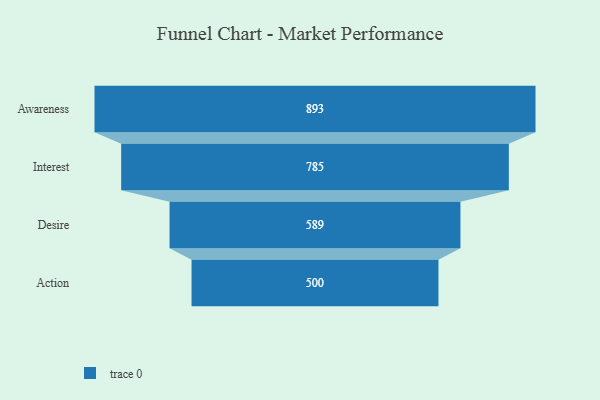
{"axis": {"x": "Stage", "y": "Value"}, "legend": [""], "data": [{"x": "Awareness", "y": 893.0, "type": ""}, {"x": "Interest", "y": 785.0, "type": ""}, {"x": "Desire", "y": 589.0, "type": ""}, {"x": "Action", "y": 500, "type": ""}]}